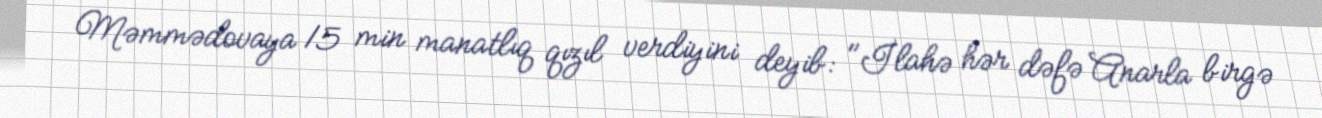
Məmmədovaya 15 min manatlıq qızıl verdiyini deyib: "İlahə hər dəfə Anarla birgə